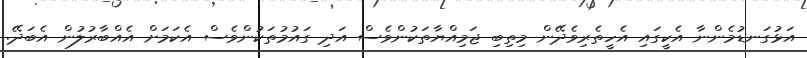
އަޅުގަނޑުމެންނާ އެކީގައި އެހީތެރިވެދޭން މިތިބި ޖަމިއްޔާތަކުންވެސް އަދި ގައުމުތަކުންވެސް އެކަމަށް އެއްބާރުލުން އެބަދޭ.